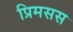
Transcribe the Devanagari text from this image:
प्रिमसस